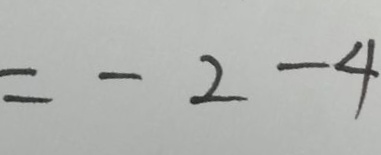
= - 2 - 4